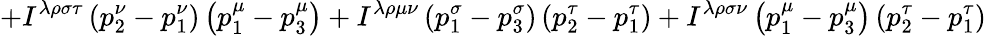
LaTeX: +I^{\lambda\rho\sigma\tau}\left(p_{2}^{\nu}-p_{1}^{\nu}\right)\left(p_{1}^{\mu}-p_{3}^{\mu}\right)+I^{\lambda\rho\mu\nu}\left(p_{1}^{\sigma}-p_{3}^{\sigma}\right)\left(p_{2}^{\tau}-p_{1}^{\tau}\right)+I^{\lambda\rho\sigma\nu}\left(p_{1}^{\mu}-p_{3}^{\mu}\right)\left(p_{2}^{\tau}-p_{1}^{\tau}\right)